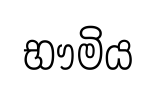
භෟමිය